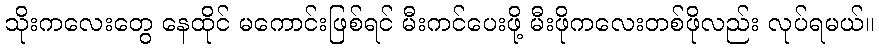
သိုးကလေးတွေ နေထိုင် မကောင်းဖြစ်ရင် မီးကင်ပေးဖို့ မီးဖိုကလေးတစ်ဖိုလည်း လုပ်ရမယ်။